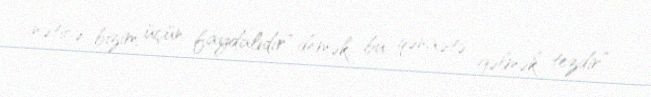
nəticə bizim üçün faydalıdır" demək, bu qənaətə gəlmək tezdir”.